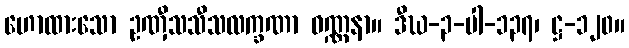
ဟောထားသော ဥဏှီသသီသလက္ခဏာ ဝဏ္ဏနာ။ ဒီဃ-၃-ပါ-၁၃၇၊ ဋ္ဌ-၁၂၀။